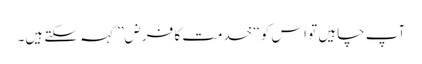
آپ چاہیں تو اس کو ‘‘خدمت کا فرض’’ کہہ سکتے ہیں۔